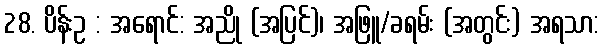
28. ပိန်းဥ : အရောင်: အညို (အပြင်)၊ အဖြူ/ခရမ်း (အတွင်း) အရသာ: